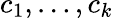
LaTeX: c_{1},\dots,c_{k}